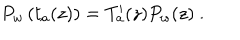
P _ { w } \left( t _ { a } ( z ) \right) = T _ { a } ^ { \prime } ( z ) P _ { w } ( z ) \ .